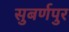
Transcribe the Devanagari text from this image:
सुबर्णपुर